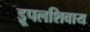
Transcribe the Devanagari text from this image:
ड्रूपलशिवाय